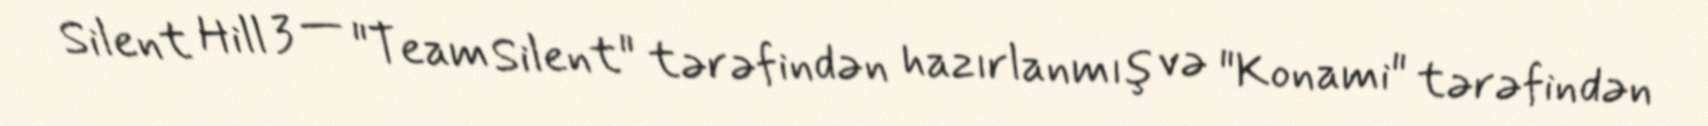
Silent Hill 3 — "Team Silent" tərəfindən hazırlanmış və "Konami" tərəfindən